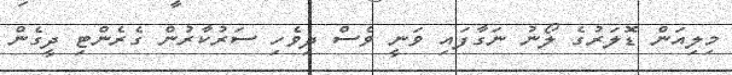
މިލިއަން ޑޮލަރުގެ ލޯނު ނަގާފައި ވަނީ ވެސް ދިވެހި ސަރުކާރުން ގެރެންޓި ދީގެން